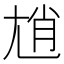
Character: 𡯩